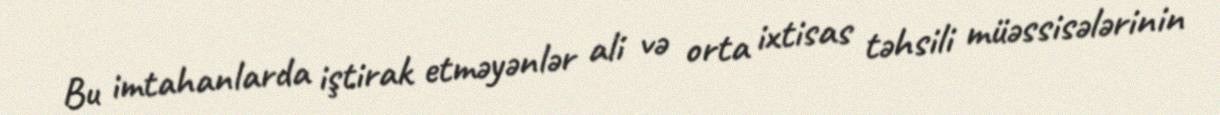
Bu imtahanlarda iştirak etməyənlər ali və orta ixtisas təhsili müəssisələrinin